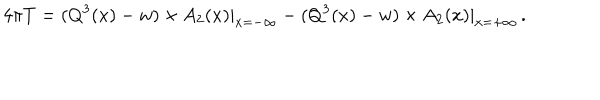
4 \pi T = ( Q ^ { 3 } ( x ) - w ) \times A _ { 2 } ( x ) | _ { x = - \infty } - ( Q ^ { 3 } ( x ) - w ) \times A _ { 2 } ( x ) | _ { x = + \infty } \, .